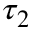
\tau _ { 2 }